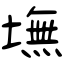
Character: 墲